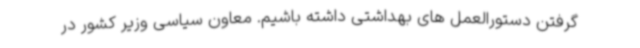
گرفتن دستورالعمل های بهداشتی داشته باشیم. معاون سیاسی وزیر کشور در